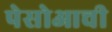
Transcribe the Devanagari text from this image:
पेसोआची